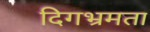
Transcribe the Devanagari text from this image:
दिगभ्रमता